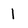
Character: 1